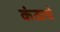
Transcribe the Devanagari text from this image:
कंठाचे